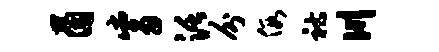
茵觜活分假祜川